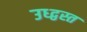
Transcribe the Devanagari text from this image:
उध्द्वस्त